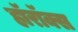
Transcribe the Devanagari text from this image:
हॉरॉक्स